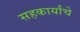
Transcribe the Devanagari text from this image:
सहकार्यांचे